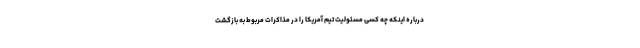
درباره اینکه چه کسی مسئولیت تیم آمریکا را در مذاکرات مربوط به بازگشت